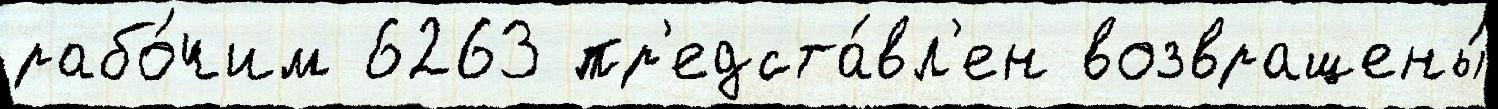
рабо́чим 6263 пр'едста́вл'ен возвращены́